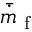
\bar { \dot { m } } _ { \mathrm { ~ f ~ } }